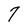
Character: 7